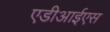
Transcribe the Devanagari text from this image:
एडीआईएस